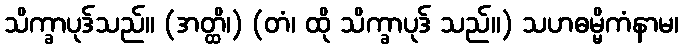
သိက္ခာပုဒ်သည်။ (အတ္ထိ၊) (တံ၊ ထို သိက္ခာပုဒ် သည်။) သဟဓမ္မိကံနာမ၊